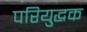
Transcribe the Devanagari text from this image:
परियुद्धक